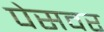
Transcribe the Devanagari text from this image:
पेसवर